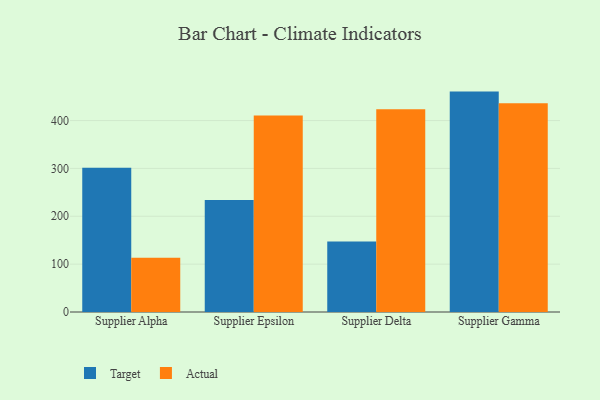
{"axis": {"x": "Supplier", "y": "Conversion Rate (%)"}, "legend": ["Actual", "Target"], "data": [{"x": "Supplier Alpha", "y": 301.3, "type": "Target"}, {"x": "Supplier Alpha", "y": 113.5, "type": "Actual"}, {"x": "Supplier Epsilon", "y": 234.0, "type": "Target"}, {"x": "Supplier Epsilon", "y": 410.6, "type": "Actual"}, {"x": "Supplier Delta", "y": 147.1, "type": "Target"}, {"x": "Supplier Delta", "y": 423.8, "type": "Actual"}, {"x": "Supplier Gamma", "y": 460.5, "type": "Target"}, {"x": "Supplier Gamma", "y": 436.1, "type": "Actual"}]}